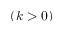
( k > 0 )